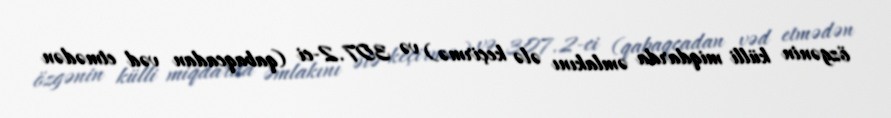
özgənin külli miqdarda əmlakını ələ keçirmə) və 307.2-ci (qabaqcadan vəd etmədən